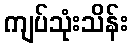
ကျပ်သုံးသိန်း